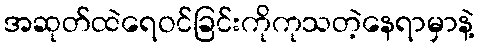
အဆုတ်ထဲရေဝင်ခြင်းကိုကုသတဲ့နေရာမှာနဲ့